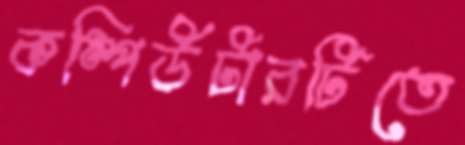
কম্পিউটারটিতে